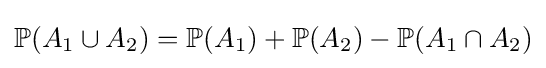
\mathbb {P} (A_{1}\cup A_{2})=\mathbb {P} (A_{1})+\mathbb {P} (A_{2})-\mathbb {P} (A_{1}\cap A_{2})